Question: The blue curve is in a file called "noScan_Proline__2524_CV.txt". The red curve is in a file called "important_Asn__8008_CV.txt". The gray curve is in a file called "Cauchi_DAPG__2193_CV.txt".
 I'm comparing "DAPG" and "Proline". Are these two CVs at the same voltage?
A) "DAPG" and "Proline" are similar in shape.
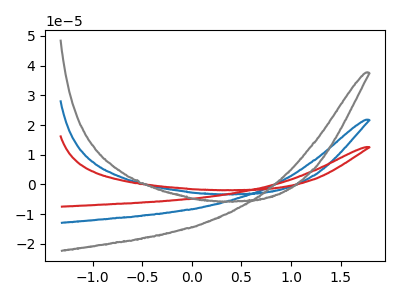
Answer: <think>The blue curve "Proline" has no peaks. The red curve "Asn" has no peaks. The gray curve "DAPG" has no peaks.
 Neither "DAPG" or "Proline" have any peaks.</think>
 <answer>A) "DAPG" and "Proline" are similar in shape.</answer>
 <eval>A</eval>